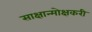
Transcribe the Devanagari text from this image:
साक्षान्मोक्षकरी